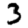
Digit: 3